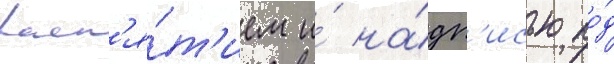
расп'я́т'ием и́ на́дп'исью по́д